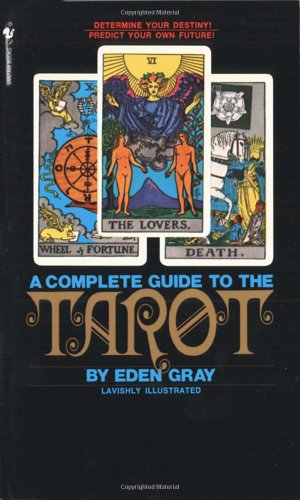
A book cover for The Complete Guide to the Tarot; Eden Gray; Religion & Spirituality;